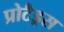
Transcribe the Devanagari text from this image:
प्रोटैड्रस